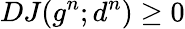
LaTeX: DJ(g^{n};d^{n})\ge 0